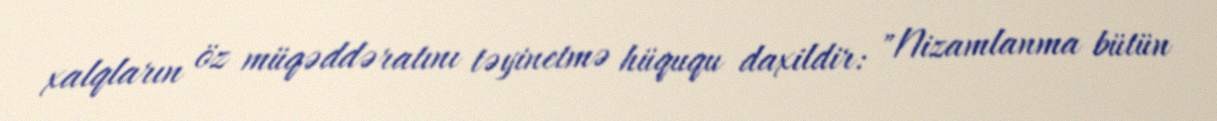
xalqların öz müqəddəratını təyinetmə hüququ daxildir: "Nizamlanma bütün